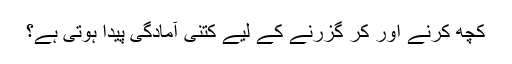
کچھ کرنے اور کر گزرنے کے لیے کتنی آمادگی پیدا ہوتی ہے؟